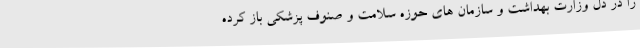
را در دل وزارت بهداشت و سازمان های حوزه سلامت و صنوف پزشکی باز کرده